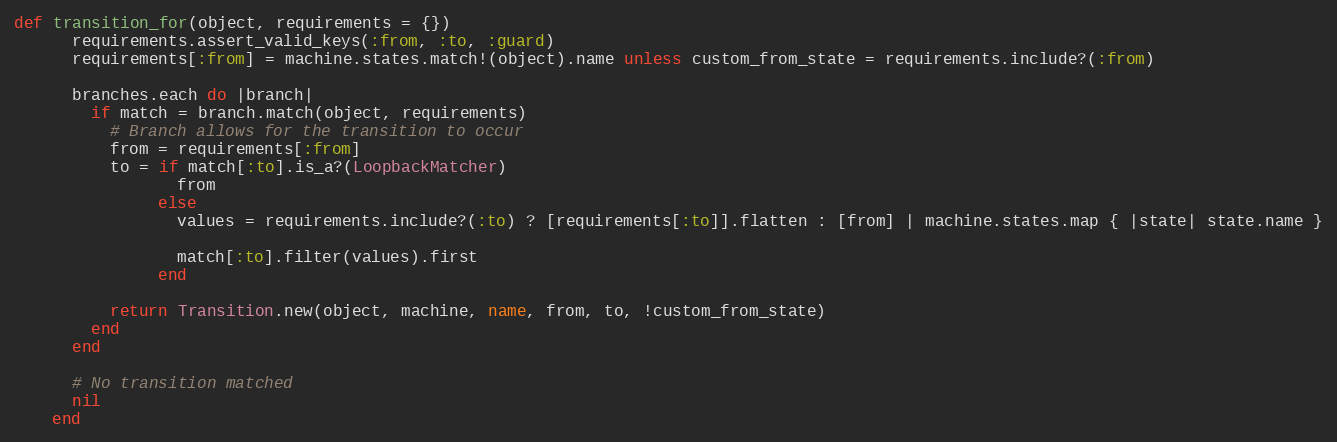
Language: Ruby
def transition_for(object, requirements = {})
      requirements.assert_valid_keys(:from, :to, :guard)
      requirements[:from] = machine.states.match!(object).name unless custom_from_state = requirements.include?(:from)

      branches.each do |branch|
        if match = branch.match(object, requirements)
          # Branch allows for the transition to occur
          from = requirements[:from]
          to = if match[:to].is_a?(LoopbackMatcher)
                 from
               else
                 values = requirements.include?(:to) ? [requirements[:to]].flatten : [from] | machine.states.map { |state| state.name }

                 match[:to].filter(values).first
               end

          return Transition.new(object, machine, name, from, to, !custom_from_state)
        end
      end

      # No transition matched
      nil
    end